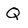
Character: Q